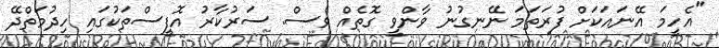
"އެހީމަ އޭނައަކަށް ފުރަތަމަ ނޭނގުނު ވާންވީ ގޮތެއް ވެސް. ސަރުކާރު އޮފީސްތަކުގައި ހިދުމަތްދޭ